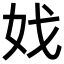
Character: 𡛏